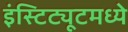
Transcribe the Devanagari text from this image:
इंस्टिट्यूटमध्ये